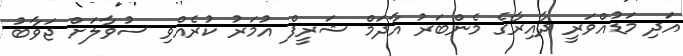
އަދި މަޑުއްވަރީ ދާއިރާގެ މެންބަރު އާދަމް ޝަރީފް އުމަރު ކުރެއްވި ސުވާލަށް ޖަވާބު